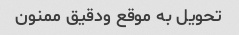
تحویل به موقع ودقیق ممنون